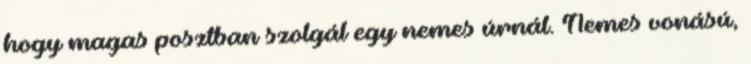
hogy magas posztban szolgál egy nemes úrnál. Nemes vonású,